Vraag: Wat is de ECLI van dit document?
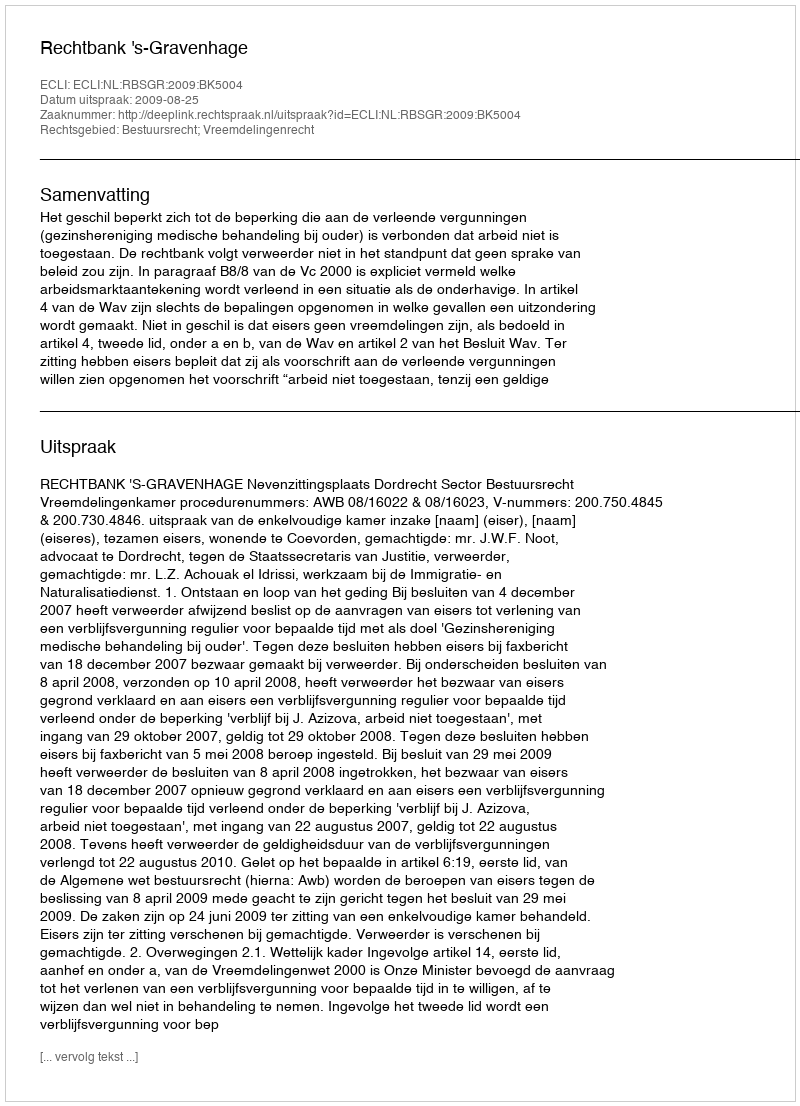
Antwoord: ECLI:NL:RBSGR:2009:BK5004